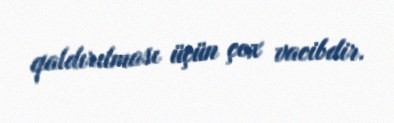
qaldırılması üçün çox vacibdir.